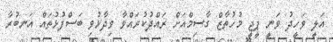
އަލީ ވަހީދު ވަނީ ޕީޖީ މުހުތާޒް ގާސިމްއަށް ރައްދުކުރައްވާ ވިދާޅުވި ބަސްފުޅުތައް އަނބުރާ